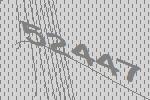
52447